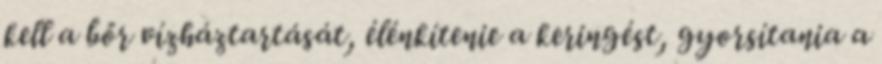
kell a bőr vízháztartását, élénkítenie a keringést, gyorsítania a